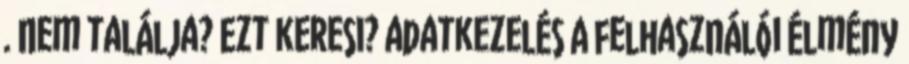
. Nem találja? Ezt keresi? adatkezelés A felhasználói élmény